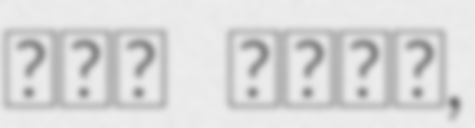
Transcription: أمل مرقس,